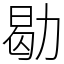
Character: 㔠